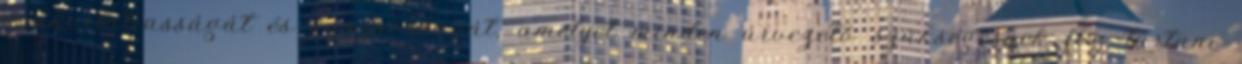
gyakorlatiasságát és hasznosságát, amelyet minden úrvezető szükségesnek fog tartani